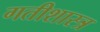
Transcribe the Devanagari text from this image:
गतीशास्त्र